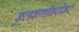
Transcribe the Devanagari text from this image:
कुलकर्णींबरोबर